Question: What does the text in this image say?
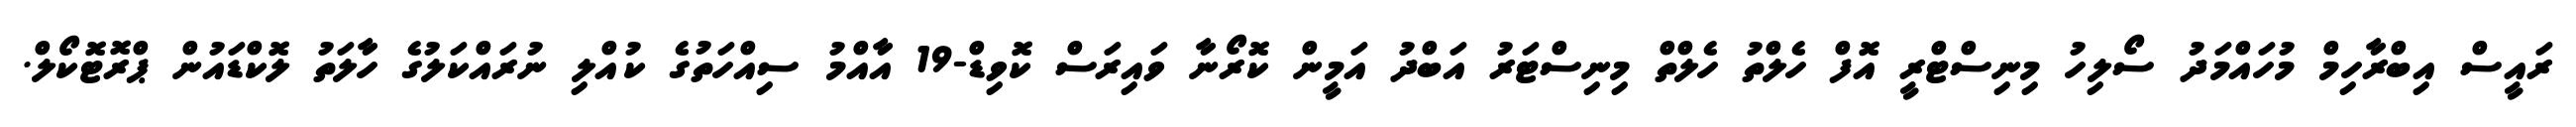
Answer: ރައީސް އިބްރާހިމް މުހައްމަދު ސޯލިހު މިނިސްޓްރީ އޮފް ހެލްތު ހެލްތް މިނިސްޓަރު އަބްދު އަމީން ކޮރޯނާ ވައިރަސް ކޮވިޑް-19 އާއްމު ސިއްހަތުގެ ކުއްލި ނުރައްކަލުގެ ހާލަތު ލޮކްޑައުން ޕްރޮޓޮކޯލް.